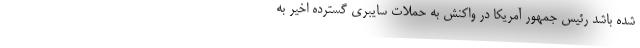
شده باشد رئیس جمهور آمریکا در واکنش به حملات سایبری گسترده اخیر به